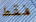
فقط